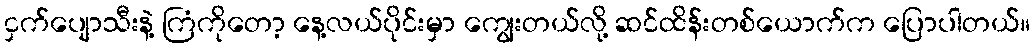
ငှက်ပျောသီးနဲ့ ကြံကိုတော့ နေ့လယ်ပိုင်းမှာ ကျွေးတယ်လို့ ဆင်ထိန်းတစ်ယောက်က ပြောပါတယ်။